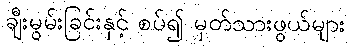
ချီးမွမ်းခြင်းနှင့် စပ်၍ မှတ်သားဖွယ်များ